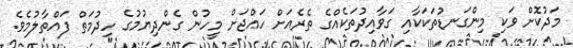
މަދުކޮށް ވަކި މިންގަނޑުތަކަކާއި ގަވާއިދުތަކެއްގެ ތެރެއަށް ހައްޖަށް މީހުން ގެންދިޔުމުގެ ހިދުމަތް ފައްތާލުމެވެ.